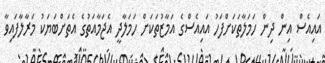
އައިއެސް އިން ދިން ހަމަލާތަކަށްފަހު އައިއެސްގެ އަމާޒުތަކަށް ހަމަލާދީ އެޖަމާއަތުގެ އެތަށްބަޔަކު މަރާލާފައިވާ